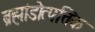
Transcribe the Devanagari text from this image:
ब्रह्मांडोत्पत्तिक